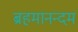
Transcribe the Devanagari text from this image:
ब्रहमानन्दम